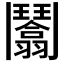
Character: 𩰙